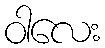
ဝါလေး